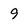
Character: 9